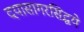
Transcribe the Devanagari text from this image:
दयासागरसिद्धये